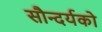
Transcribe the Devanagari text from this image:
सौन्दर्यको